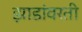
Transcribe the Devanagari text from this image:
झाडांवरती